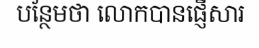
បន្ថែមថា លោកបានផ្ញើសារ